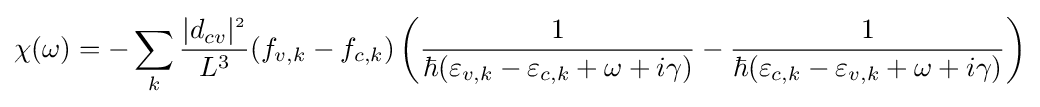
\chi (\omega )=-\sum \limits _{k}{\frac {\left|{d_{cv}}\right|^{_{2}}}{L^{3}}}(f_{v,k}-f_{c,k})\left({{\frac {1}{\hbar (\varepsilon _{v,k}-\varepsilon _{c,k}+\omega +i\gamma )}}-{\frac {1}{\hbar (\varepsilon _{c,k}-\varepsilon _{v,k}+\omega +i\gamma )}}}\right)